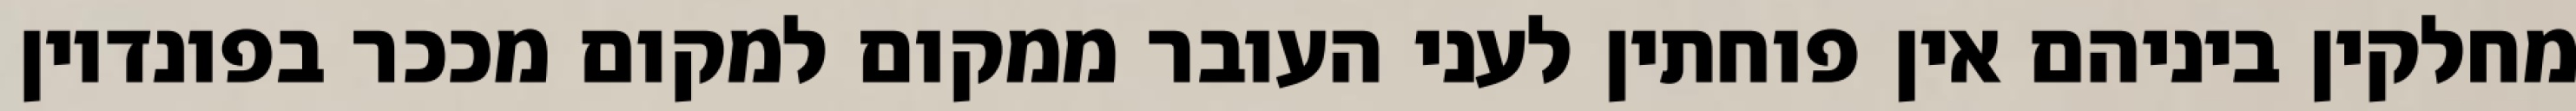
מחלקין ביניהם אין פוחתין לעני העובר ממקום למקום מככר בפונדיון